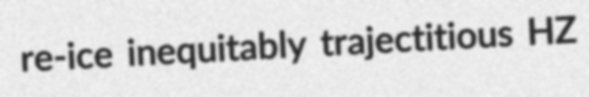
re-ice inequitably trajectitious HZ